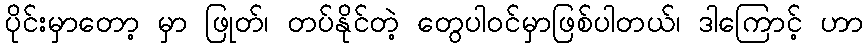
ပိုင်းမှာတော့ မှာ ဖြုတ်၊ တပ်နိုင်တဲ့ တွေပါဝင်မှာဖြစ်ပါတယ်၊ ဒါကြောင့် ဟာ